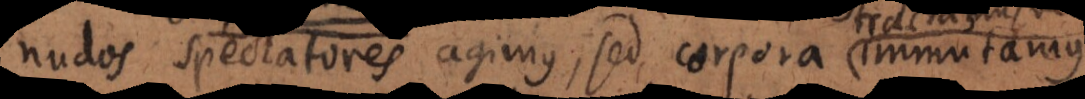
nudos spectatores agimus, sed corpora immutamus,